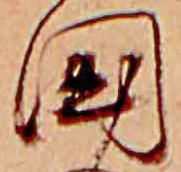
国